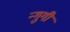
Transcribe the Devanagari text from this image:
न्गुगी